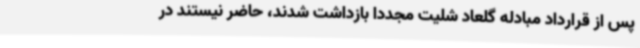
پس از قرارداد مبادله گلعاد شلیت مجددا بازداشت شدند، حاضر نیستند در